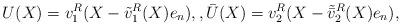
LaTeX: \begin{align*}U(X) = v_1^R(X - \tilde v_1^R(X)e_n), , \bar U(X) = v_2^R(X - \tilde {\bar v}_2^R(X)e_n), \end{align*}